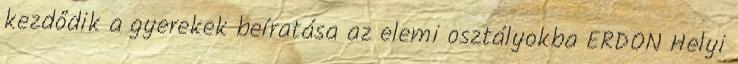
kezdődik a gyerekek beíratása az elemi osztályokba ERDON Helyi